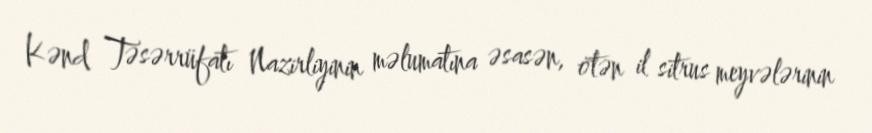
Kənd Təsərrüfatı Nazirliyinin məlumatına əsasən, ötən il sitrus meyvələrinin